Annual report of the Central Committee of the Association together with the report of the directors of the Pasteur Institute at Kasauli
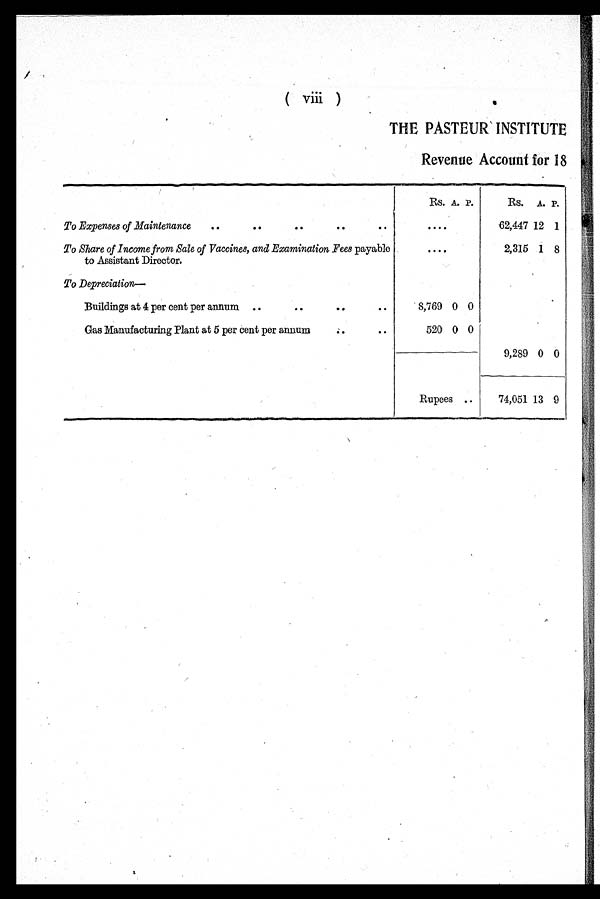
THE PASTEUR INSTITUTE
Revenue Account for 18
Rs. A. P.
.
Rs. A. P.
To Expenses of Maintenance
..
..
.. .. ..
. . . .
62,447 12 1
To Share of Income from Sale of Vaccines, and Examination Fees payable
to Assistant Director.
. . . .
2,315 1 8
To Depreciation—
Buildings at 4 per cent per annum ..
..
.. ..
8,769 0 0
Gas Manufacturing Plant at 5 per cent per annum..
520 0 0
9,289 0 0
Rupees
..
74,051 13 9